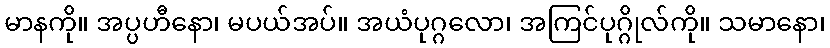
မာနကို။ အပ္ပဟီနော၊ မပယ်အပ်။ အယံပုဂ္ဂလော၊ အကြင်ပုဂ္ဂိုလ်ကို။ သမာနော၊